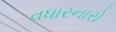
વધારનારો